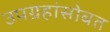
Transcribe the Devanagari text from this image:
उपग्रहांसोबत